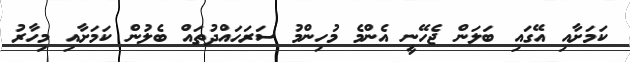
ކަމަށާއި އޭގައި ބަލަން ޖެހޭނީ އެންމެ މުހިންމު ސަރަހައްދުތައް ބެލުން ކަމަށާއި މިހާރު